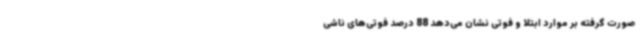
صورت گرفته بر موارد ابتلا و فوتی نشان می‌دهد 88 درصد فوتی‌های ناشی